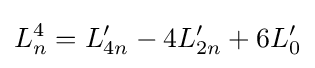
L_{n}^{4}=L'_{4n}-4L'_{2n}+6L'_{0}